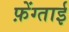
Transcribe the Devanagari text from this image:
फ़ेंग्ताई